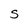
Character: S